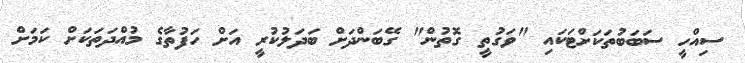
ސިއްހީ ސަބަބުތަކަށްޓަކައި "ވަގުތީ ގޮތުން" ގޭބަންދަށް ބަދަލުކުރީ އަށް ހަފުތާގެ މުއްދަތަކަށް ކަމަށް